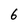
Character: 6